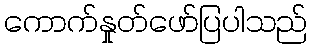
ကောက်နှုတ်ဖော်ပြပါသည်